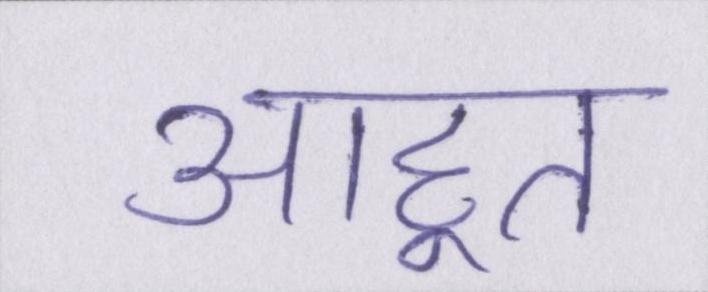
आहूत